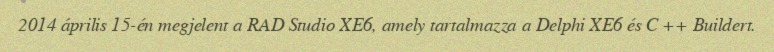
2014 április 15-én megjelent a RAD Studio XE6, amely tartalmazza a Delphi XE6 és C ++ Buildert.